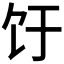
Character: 𬲨